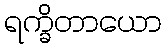
ရက္ခိတာယော